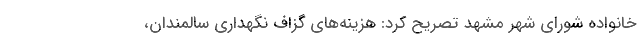
خانواده شورای شهر مشهد تصریح کرد: هزینه‌های گزاف نگهداری سالمندان،